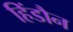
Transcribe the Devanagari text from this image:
हिंडौन